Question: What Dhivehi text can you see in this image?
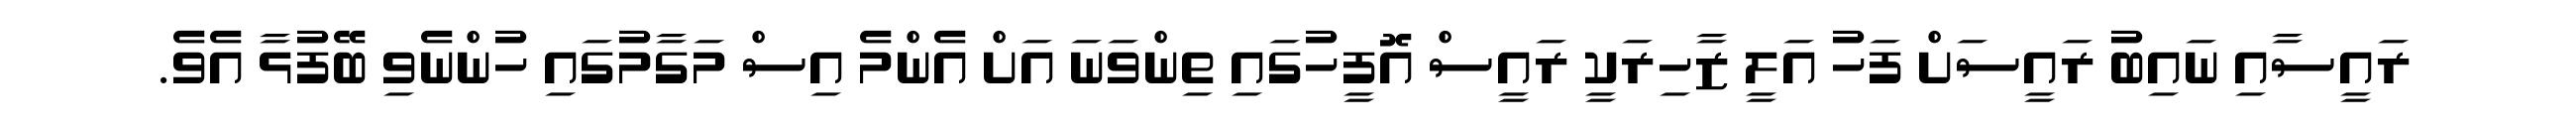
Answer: ރައީސާއި ނައިބު ރައީސަށް ފަހު އަލީ ޒާހިރަކީ ރައީސް އޮފީހުގައި ތިންވަނަ އަށް އެންމެ އިސް މަގާމުގައި ހުންނެވި ބޭފުޅާ އެވެ.